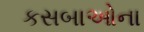
કસબાઓના